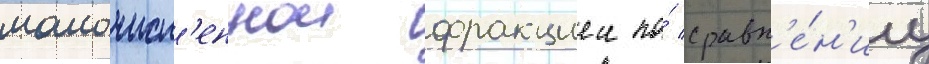
малочисл'еннои фракциеи по́ сравн'е́н'иу